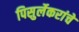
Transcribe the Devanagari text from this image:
पिसुर्लेकरांचे